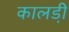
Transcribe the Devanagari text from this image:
कालडी़